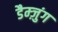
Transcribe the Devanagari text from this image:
डैम्ज़ुंग